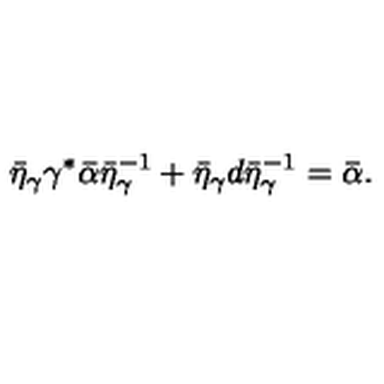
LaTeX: \bar { \eta } _ { \gamma } \gamma ^ { * } { \bf \bar { \alpha } } \bar { \eta } _ { \gamma } ^ { - 1 } + \bar { \eta } _ { \gamma } d \bar { \eta } _ { \gamma } ^ { - 1 } = { \bf \bar { \alpha } } .